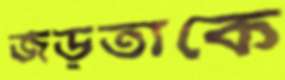
জড়তাকে